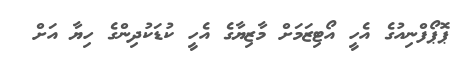
ޕޮޕޯފްނިއުގެ އެހީ އޯޓިޒަމަށް މާޒިޔާގެ އެހީ ކުޑަކުދިންގެ ހިޔާ އަށް